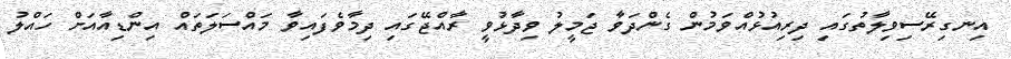
އިނގިރޭސިވިލާތުގައި ދިރިއުޅުއްވަމުން ގެންދަވާ ޖަމީލު ވިދާޅުވީ ރާއްޖޭގައި ދިމާވެފައިވާ މައްސަލަތައް އިންޑިއާއަށް ހައްލު